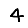
Digit: 4